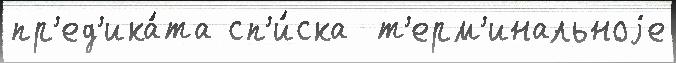
пр'ед'ика́та сп'и́ска  т'ерм'инальноjе